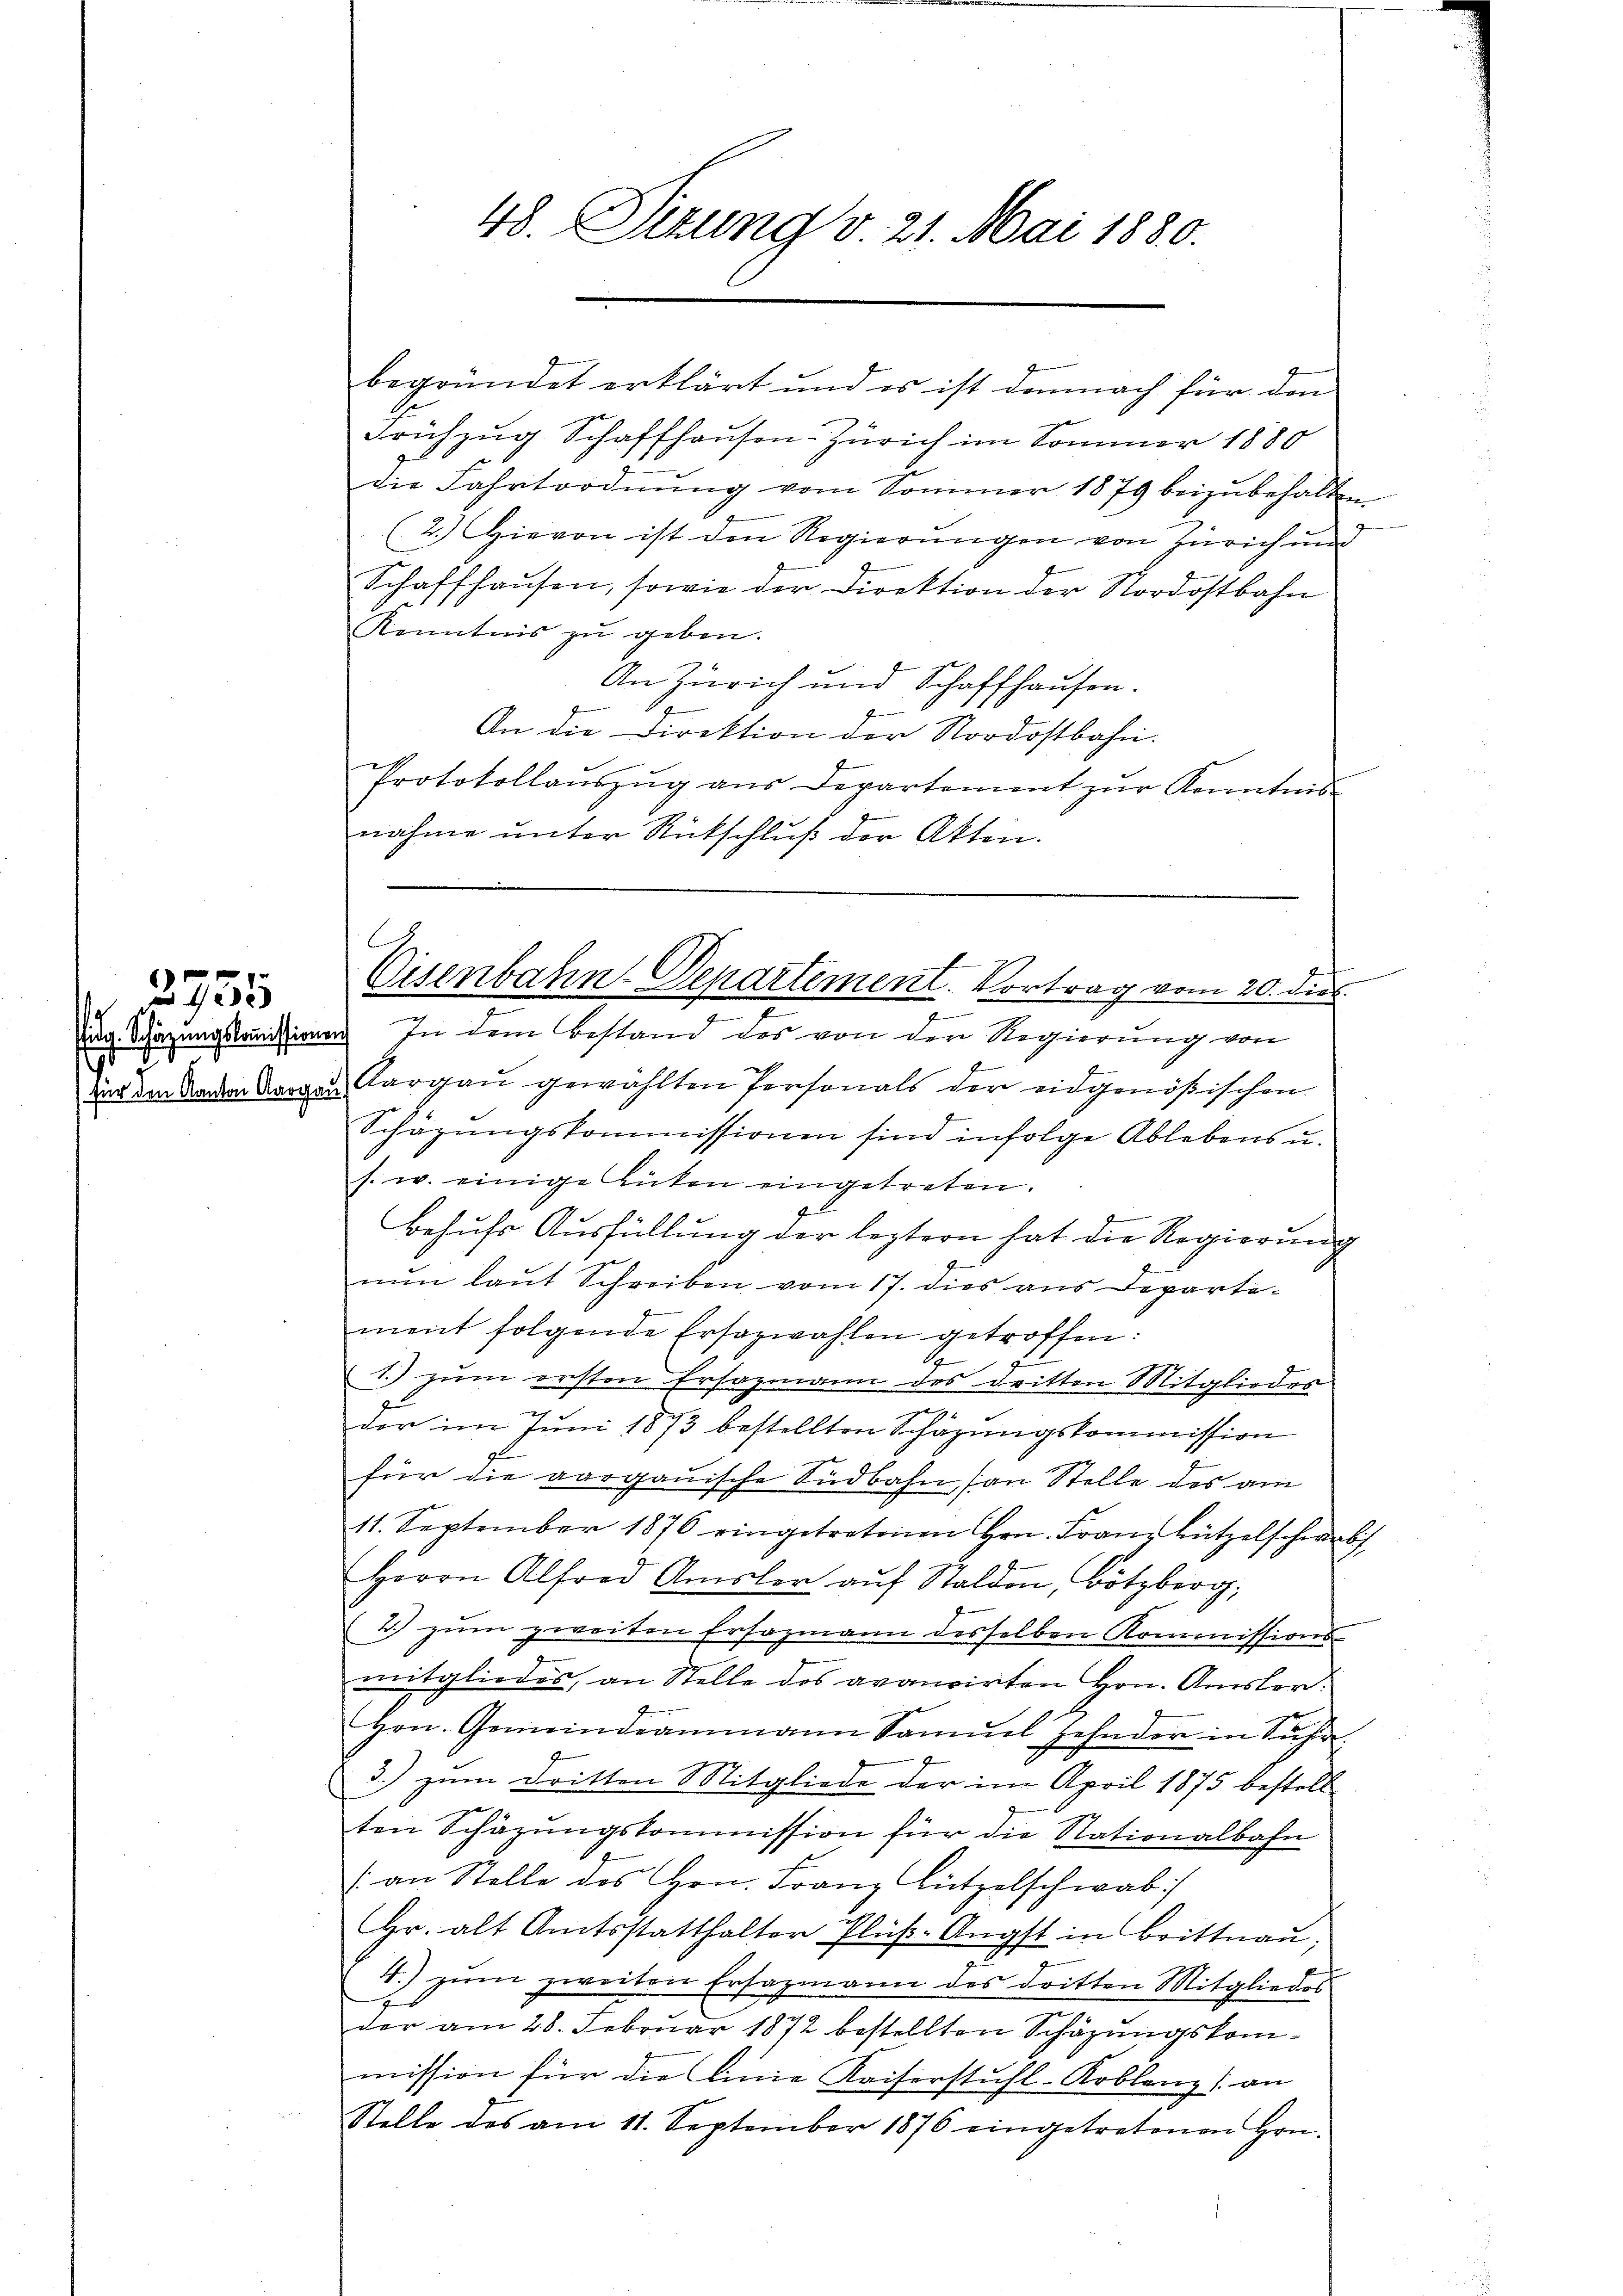
idg. Schäzungskoṁissions

für den Kanton Aargau

2755

48. Situng v. 21. Mai 1880.

begründet erklärt und es ist demnach für den
Frühzug Schaffhausen-Zürich im Sommer 1880
die Fahrtordnŭng vom Sommer 1879 beizubehalten
(2.) Hievon ist den Regierungen von Zürich und
Schaffhaŭsen, sowie der Direktion der Nordostbahn
Kenntnis zu geben.
An Zürich und Schaffhausen.
An die Direktion der Stordostbahn.
Protokollaŭszŭg aŭs Departement zŭr Kenntnis
nahme unter Rückschluß der Akten.
3. In dem Bestand des von der Regierung von
f

Aargaŭ gewählten Personals der eidgenößischen
Schäzungskommissionen sind infolge Ablebens u.
s. w. einige Lücken eingetreten.
4
Behufs Ausfüllung der leztern hat die Regierung
nŭn laut Schreiben vom 17. dies aus Departement folgende Ersazwahlen getroffen:
d
t
1.) zum ersten Ersazmann des Dritten Mitgliedes
der im Juni 1873 bestellten Schäzungskommission
für die aargauische Südbahn (an Stelle des am
11. September 1876 eingetretenen Hrn. Franz Lützelschwer¬
Herrn Alfred Amsler aŭf Stalden, Bötzberg.
2.) zum zweiten Ersazmann desselben Kommissions-
mitgliedes, an Stelle des avancirten Hrn. Amsler.
Hrn. Gemeindeammann Samŭel Zehnder in Sch
3.) zum Dritten Mitgliede der im April 1875 bestell
ten Schazungskommission für die Nationalbahn
/ an Stelle des Hrn. Franz Lützelschwab
Hr. alt Amtsstatthalter Plüβ-Angst in Brittnau;
4.) zum zweiten Ersazmann des dritten Mitgliedes
der am 28. Februar 1872 bestellten Schäzungskommission für die Linie Kaiserstuhl-Koblenz an
Stelle des am 11. September 1876 eingetretenen Hrn.

A
6
Cisenbahn-Departement. Vortrag vom 20. dies
f